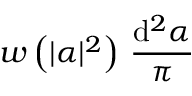
w \left( \vert \alpha \vert ^ { 2 } \right) \, \frac { \mathrm { d } ^ { 2 } \alpha } { \pi }